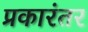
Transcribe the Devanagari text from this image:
प्रकारंतर